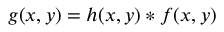
g ( x , y ) = h ( x , y ) * f ( x , y )